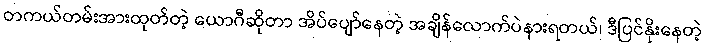
တကယ်တမ်းအားထုတ်တဲ့ ယောဂီဆိုတာ အိပ်ပျော်နေတဲ့ အချိန်လောက်ပဲနားရတယ်၊ ဒီပြင်နိုးနေတဲ့